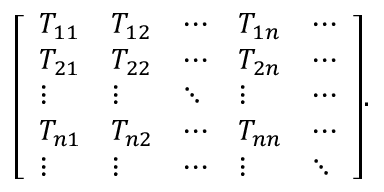
{ \left[ \begin{array} { l l l l l } { T _ { 1 1 } } & { T _ { 1 2 } } & { \cdots } & { T _ { 1 n } } & { \cdots } \\ { T _ { 2 1 } } & { T _ { 2 2 } } & { \cdots } & { T _ { 2 n } } & { \cdots } \\ { \vdots } & { \vdots } & { \ddots } & { \vdots } & { \cdots } \\ { T _ { n 1 } } & { T _ { n 2 } } & { \cdots } & { T _ { n n } } & { \cdots } \\ { \vdots } & { \vdots } & { \cdots } & { \vdots } & { \ddots } \end{array} \right] } .